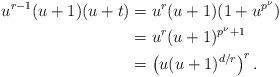
LaTeX: \begin{align*}u^{r-1}(u+1)(u+t)&=u^r(u+1)(1+u^{p^\nu})\\&=u^r(u+1)^{p^\nu+1}\\&=\left(u(u+1)^{d/r}\right)^r.\end{align*}